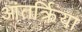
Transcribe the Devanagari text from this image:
आंतर्क्रिया